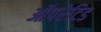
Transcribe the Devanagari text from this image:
ऑपरेटिड